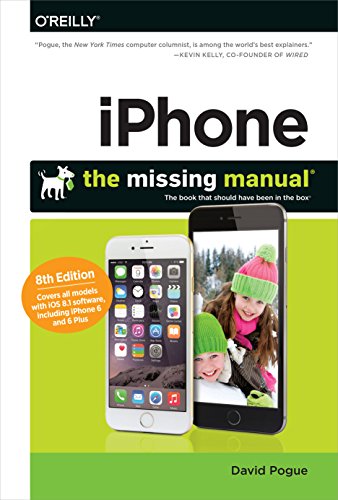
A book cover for iPhone: The Missing Manual (Missing Manuals); David Pogue; Arts & Photography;